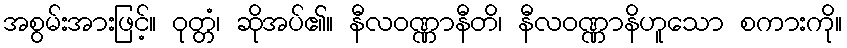
အစွမ်းအားဖြင့်။ ဝုတ္တံ၊ ဆိုအပ်၏။ နီလဝဏ္ဏာနီတိ၊ နီလဝဏ္ဏာနိဟူသော စကားကို။